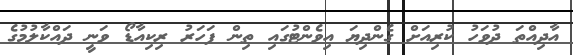
އާދިއްތަ ދުވަހު ކުރިއަށް ގެންދިޔަ އިވެންޓުގައި ތިން ފަހަރު ރިކިއާޑޯ ވަނީ ދައްކާލުމުގެ